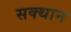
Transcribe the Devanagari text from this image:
सक्थान